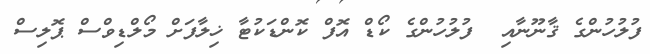
ފުލުހުންގެ ޤާނޫނާއި  ފުލުހުންގެ ކޯޑް އޮފް ކޮންޑަކުޓާ ޚިލާފަށް މޯލްޑިވްސް ޕޮލިސް